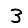
Digit: 3